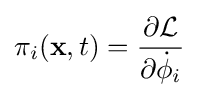
\pi _{i}(\mathbf {x} ,t)={\frac {\partial {\mathcal {L}}}{\partial {\dot {\phi }}_{i}}}